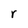
Character: r